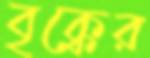
বৃক্কের